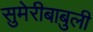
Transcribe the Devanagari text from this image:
सुमेरीबाबुली